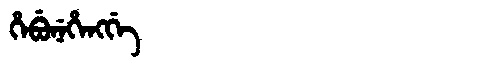
Manchu: ᡥᡝᠪᡠᠨᡝᡥᡝᠩᡤᡝ
Romanization: HEBUNEHENGGE